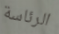
الرئاسة